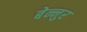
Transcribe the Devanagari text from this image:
बेन्नुर